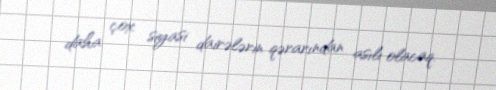
daha çox siyasi dairələrin qərarından asılı olacaq.